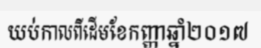
យប់កាលពីដើមខែកញ្ញាឆ្នាំ២០១៧